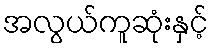
အလွယ်ကူဆုံးနှင့်